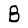
Character: B